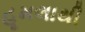
હૂમલાથી